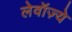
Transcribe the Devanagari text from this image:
लेवॉज़्ये